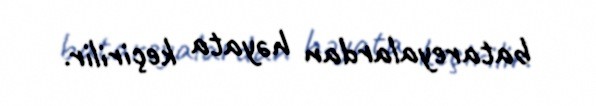
batareyalardan həyata keçirilir.